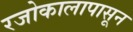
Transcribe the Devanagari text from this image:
रजोकालापासून